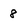
Character: 8